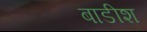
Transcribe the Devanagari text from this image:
बाडीश